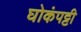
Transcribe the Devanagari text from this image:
घोकंपट्टी